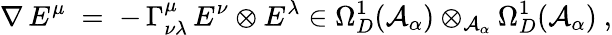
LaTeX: \nabla\, E^{\mu}\; =\; -\, \Gamma_{\nu\lambda}^{\mu}\, E^{\nu}\otimes E^{\lambda}\in\Omega_{D}^{1}({\mathcal A}_{\alpha})\otimes_{{\mathcal A}_{\alpha}}\Omega_{D}^{1}({\mathcal A}_{\alpha})\ ,